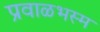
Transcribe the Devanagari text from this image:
प्रवाळभस्म